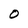
Character: O